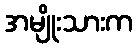
အမျိုးသားက